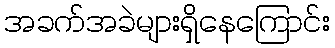
အခက်အခဲများရှိနေကြောင်း